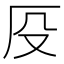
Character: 𠨻